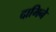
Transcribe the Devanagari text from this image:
दामिने